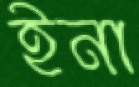
ইনা